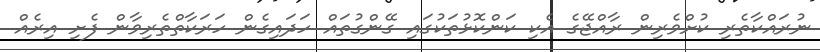
ނުރައްކާތެރި ކުށްވެރިން ރާއްޖޭގެ އެކި ކަންކޮޅުތަކުގައި ގޭންގުތައް ހަދައިގެން ހަރަކާތްތެރިވާން ފެށި އިރެއް